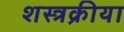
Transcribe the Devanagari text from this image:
शस्त्रक्रीया